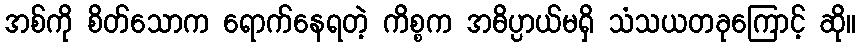
အစ်ကို စိတ်သောက ရောက်နေရတဲ့ ကိစ္စက အဓိပ္ပာယ်မရှိ သံသယတခုကြောင့် ဆို။